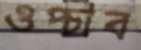
ওপ্‌চাব